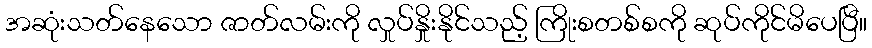
အဆုံးသတ်နေသော ဇာတ်လမ်းကို လှုပ်နှိုးနိုင်သည့် ကြိုးစတစ်စကို ဆုပ်ကိုင်မိပေပြီ။